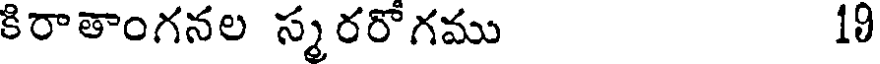
కిరాతాంగనల స్మరరోగము 10